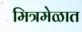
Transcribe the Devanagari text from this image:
मित्रमेळात